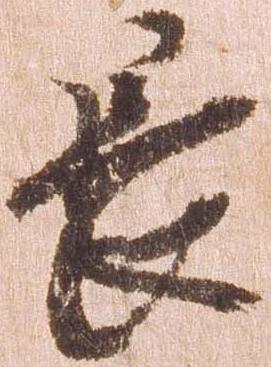
長